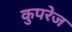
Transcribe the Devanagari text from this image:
कुपरेज